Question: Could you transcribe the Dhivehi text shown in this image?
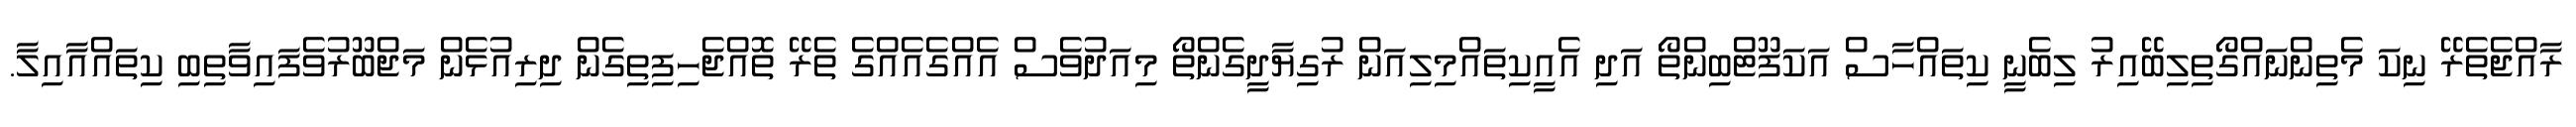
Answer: ރާއްޖެތެރޭ ނިކަ މެތިންނައްގޯތިލިބޭއިރު ލިބެނީ ކިތައްހާސް އަކަފޫޓްބިންތޯ އަދި އެއީކިތައްމިލިއަން ރުގިޔާދީގެންތޯ މިއަދުވެސް އެއްގެއެއްގެ ތެރޭ ތޮއްޖެހިފިތިގެން ދިރިއުޅެން މަޖްބޫރުވެފައިވާތިބި ކިތައްއާއިލާ.